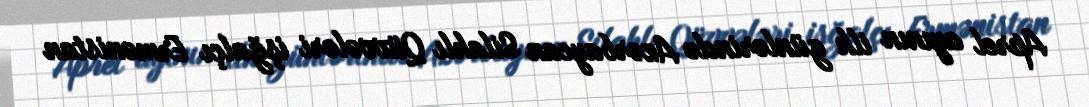
Aprel ayının ilk günlərində Azərbaycan Silahlı Qüvvələri işğalçı Ermənistan